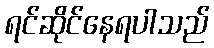
ရင်ဆိုင်နေရပါသည်